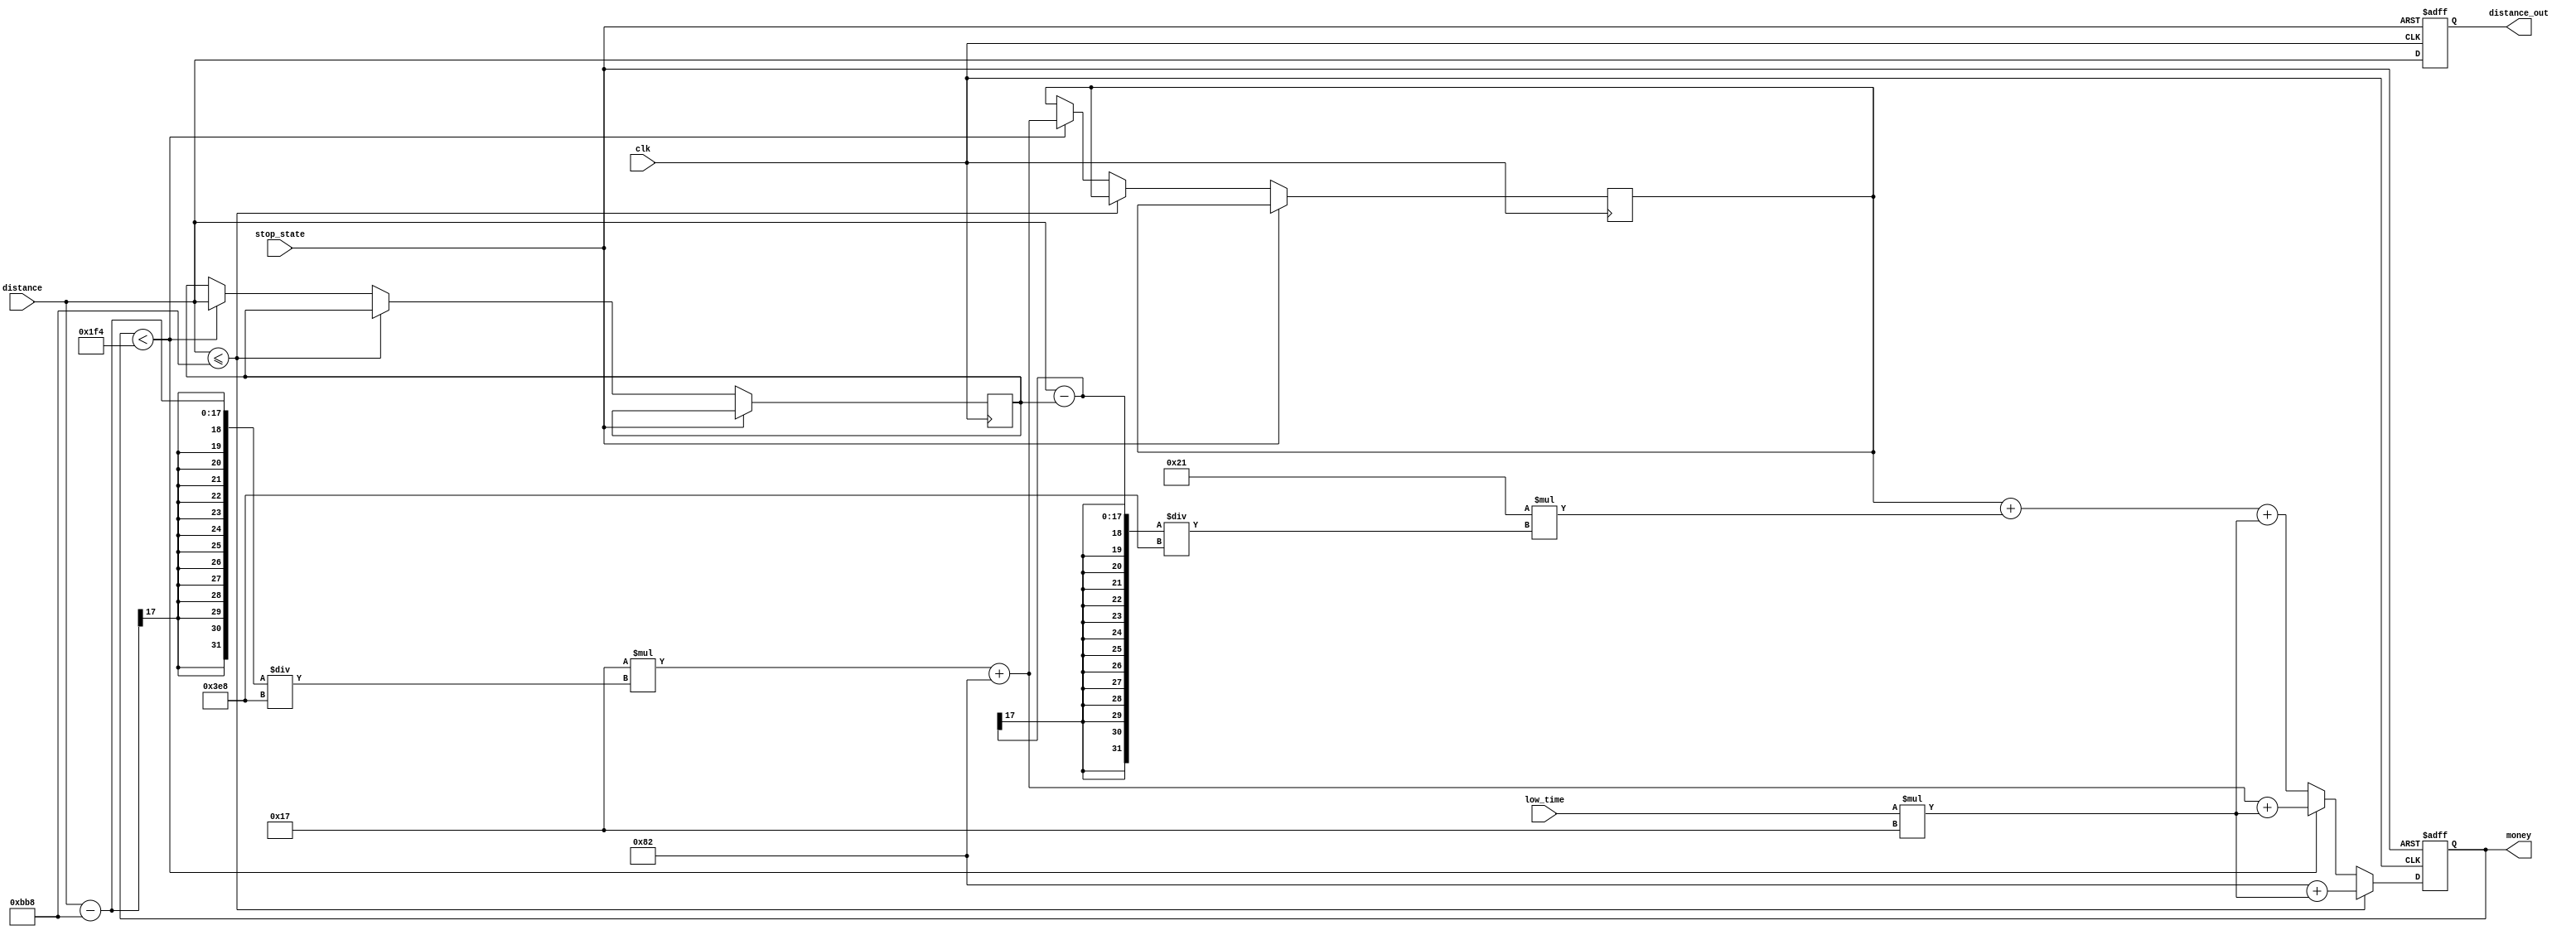
module taxi_money(distance, low_time, clk, stop_state, distance_out, money);
	input [16:0] distance, low_time;
	input clk, stop_state;
	output reg [16:0] distance_out, money;
	reg [16:0] money_low, distance_50, money_50;
	
	initial begin
		distance_out = 0;
		money = 0;
		money_low = 0;
	end
	
	always@(posedge clk or posedge stop_state)begin
		if(stop_state)begin
			distance_out = 0;
			money = 0;
			money_low = 0;
		end
		else begin
			money_low = low_time*23;
			distance_out = distance;
			if(distance <= 3000)begin
				money = 130 + money_low;
			end
			else begin
				if(money < 500)begin
					money = (23*((distance-3000)/1000)) + 130 + money_low;
					distance_50 = distance;
					money_50 = (23*((distance-3000)/1000)) + 130;
				end
				else begin
					money = money_50 + (33*((distance-distance_50)/1000))+ money_low; 
				end
			end
		end
	end
endmodule